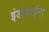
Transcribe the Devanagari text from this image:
इंडोचाईना